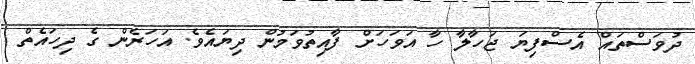
ދުވަސްތައް އެސްފިޔަ ޖަހާލާ ހާ އަވަހަށް ފާއިތުވަމުން ދިޔައެވެ. އަހަރެން ގެ ދިހައެތް